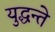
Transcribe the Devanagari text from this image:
युद्धन्ते